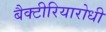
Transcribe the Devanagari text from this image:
बैक्टीरियारोधी